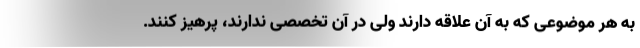
به هر موضوعی که به آن علاقه دارند ولی در آن تخصصی ندارند، پرهیز کنند.